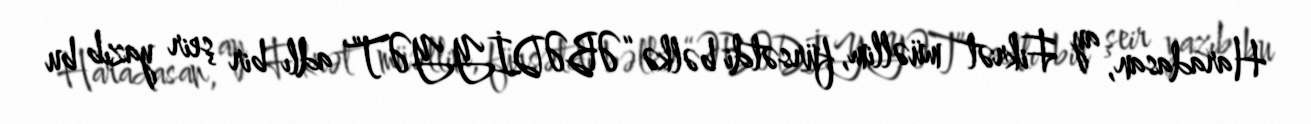
Haradasan, ay Fikrət müəllim, fürsətdi bəlkə “ƏBƏDİYYƏT” adlı bir şeir yazıb bu